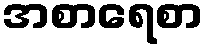
အစာရေစာ